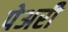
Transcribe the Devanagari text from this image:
पेअरी